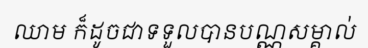
ឈាម ក៏ដូចជាទទួលបានបណ្ណសម្គាល់